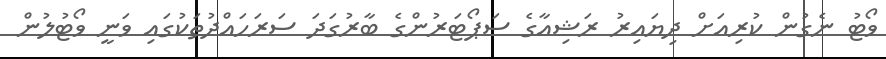
ވޯޓު ނެގުން ކުރިއަށް ދިޔައިރު ރަޝިއާގެ ސަޕޯޓަރުންގެ ބާރުގަދަ ސަރަހައްދުތަކުގައި ވަނީ ވޯޓުލުން